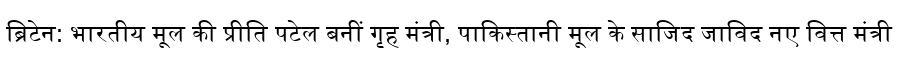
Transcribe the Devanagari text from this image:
ब्रिटेन: भारतीय मूल की प्रीति पटेल बनीं गृह मंत्री, पाकिस्तानी मूल के साजिद जाविद नए वित्त मंत्री